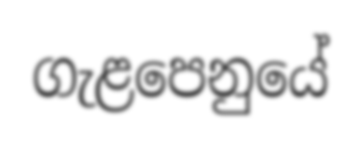
ගැළපෙනුයේ